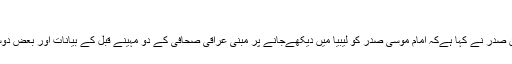
امام موسی صدر کے بقید حیات ہونے کا قوی امکان
عالمی محاذ برائے آزادی امام موسی صدر کے سربراہ سید محمد حسین صدر نے کہا ہےکہ امام موسی صدر کو لیبیا میں دیکھےجانے پر مبنی عراقی صحافی کے دو مہینے قبل کے بیانات اور بعض دوسرے شواہد کی بنیاد پر ان کے زندہ ہونے کی امید بڑھتی جا رہی ہے۔